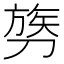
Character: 𫦓